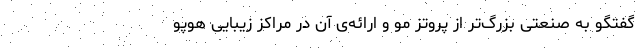
گفتگو به صنعتی بزرگ‌تر از پروتز مو و ارائه‌ی آن در مراکز زیبایی هوپو